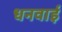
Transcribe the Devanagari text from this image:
धनवाई